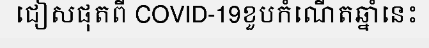
ជៀសផុតពី COVID-19ខួបកំណើតឆ្នាំនេះ